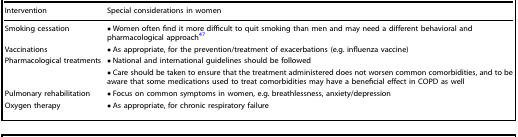
| Intervention | Special considerations in women |
 | --- | --- |
 | Smoking cessation | • Women often find it more difficult to quit smoking than men and may need a different behavioral and pharmacological approach47 |
 | Vaccinations | • As appropriate, for the prevention/treatment of exacerbations (e.g. influenza vaccine) |
 | Pharmacological treatments | • National and international guidelines should be followed |
 |  | • Care should be taken to ensure that the treatment administered does not worsen common comorbidities, and to be aware that some medications used to treat comorbidities may have a beneficial effect in COPD as well |
 | Pulmonary rehabilitation | • Focus on common symptoms in women, e.g. breathlessness, anxiety/depression |
 | Oxygen therapy | • As appropriate, for chronic respiratory failure |